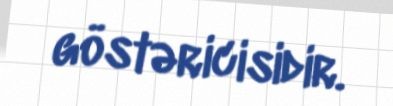
göstəricisidir.